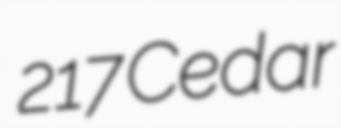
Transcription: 217 Cedar